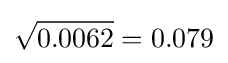
{\sqrt {0.0062}}=0.079